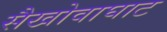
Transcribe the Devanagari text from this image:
सैखोवाघाट